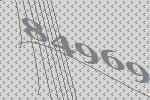
84969